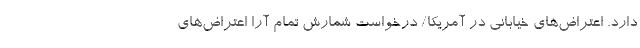
دارد. اعتراض‌های خیابانی در آمریکا/ درخواست شمارش تمام آرا اعتراض‌های